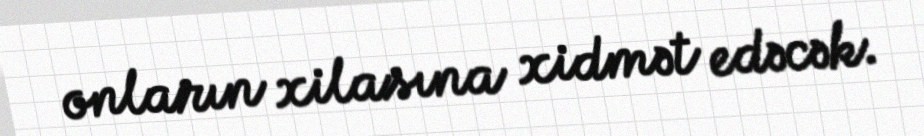
onların xilasına xidmət edəcək.